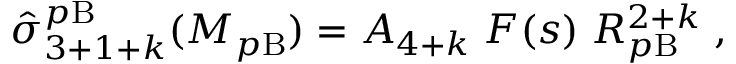
\hat { \sigma } _ { 3 + 1 + k } ^ { p \mathrm { B } } ( M _ { p \mathrm { B } } ) = A _ { 4 + k } \; F ( s ) \; R _ { p \mathrm { B } } ^ { 2 + k } \; ,